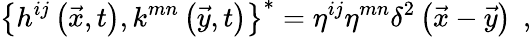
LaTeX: \left\{ h^{ij}\left(\vec{x},t\right),k^{mn}\left(\vec{y},t\right)\right\} ^{*}=\eta^{ij}\eta^{mn}\delta^{2}\left(\vec{x}-\vec{y}\right)\; \, ,